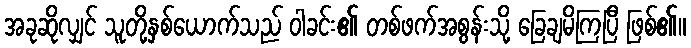
အခုဆိုလျှင် သူတို့နှစ်ယောက်သည် ဝါခင်း၏ တစ်ဖက်အစွန်းသို့ ခြေချမိကြပြီ ဖြစ်၏။